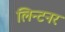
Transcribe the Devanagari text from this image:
लिन्टनर